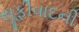
સૂફીવાદની